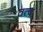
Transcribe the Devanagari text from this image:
तत्व